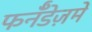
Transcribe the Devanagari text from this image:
फर्नॅंडेज़में